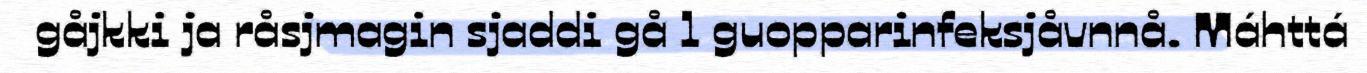
gåjkki ja råsjmagin sjaddi gå l guopparinfeksjåvnnå. Máhttá